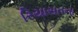
રિયાસતના